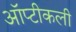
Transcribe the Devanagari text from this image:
ऑप्टीकली